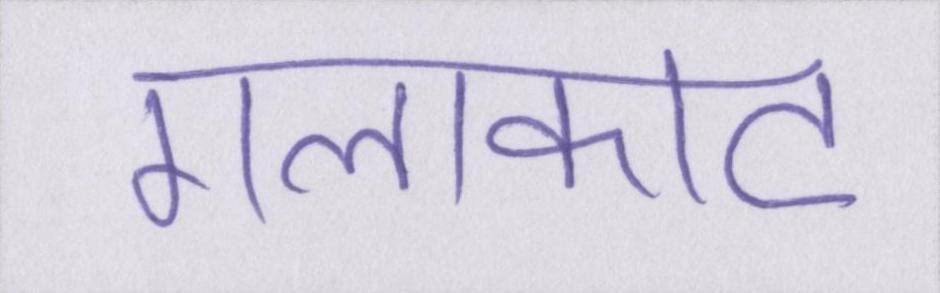
गलाकाट